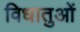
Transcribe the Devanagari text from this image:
विधातुओं